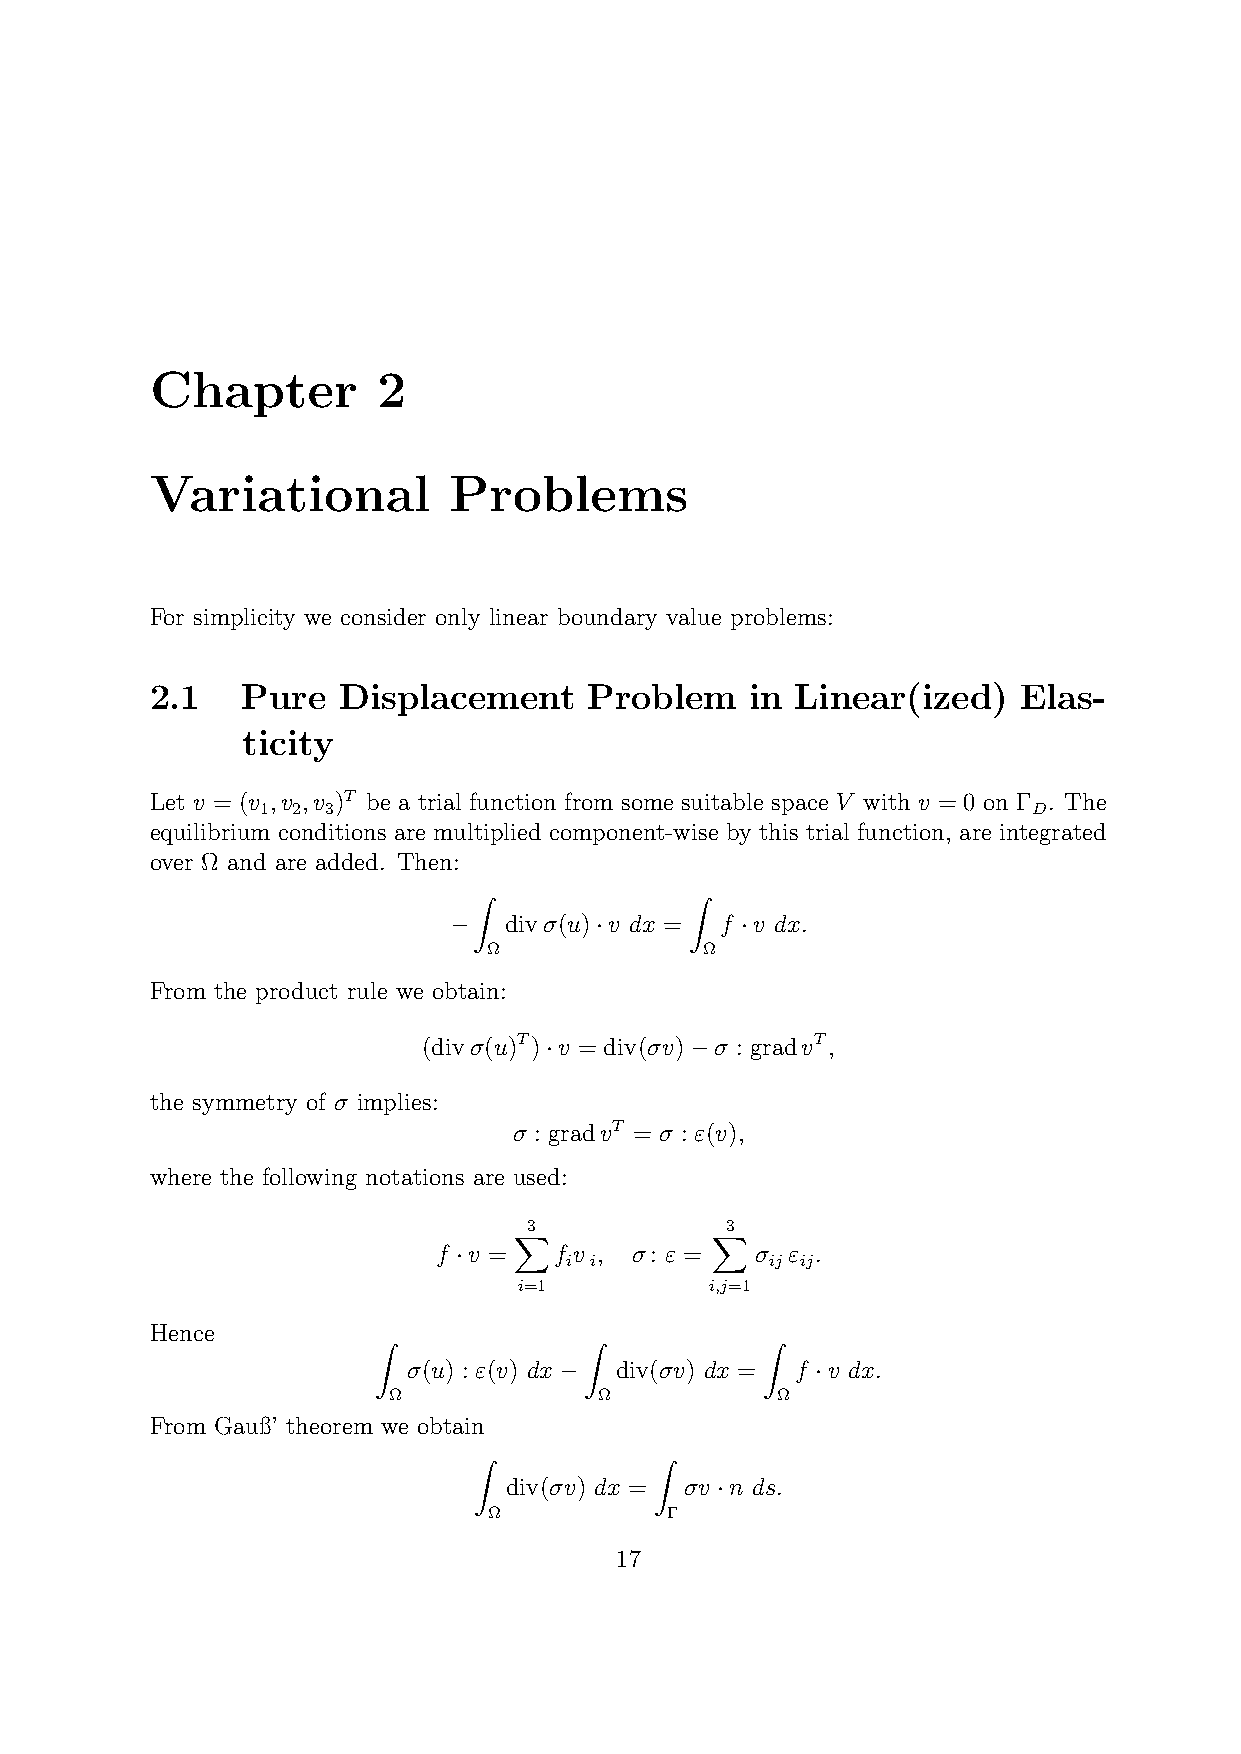
Chapter        2
 Variational         Problems
 For simplicity we consider only linear boundary value problems:
 2.1   Pure  Displacement     Problem    in Linear(ized)  Elas-
 ticity
 Let v = (v ,v ,v )T be a trial function from some suitable space V with v = 0 on Γ . The
 1 2  3                                             D
 equilibrium conditions are multiplied component-wise by this trial function, are integrated
 over Ω and are added. Then:
 Z              Z
 −  divσ(u)·v dx = f ·v dx.
 Ω             Ω
 From the product rule we obtain:
 (divσ(u)T)·v = div(σv)−σ : gradvT,
 the symmetry of σ implies:
 σ : gradvT = σ : ε(v),
 where the following notations are used:
 3            3
 X            X
 f ·v =  f v , σ: ε = σ ε .
 i i           ij ij
 i=1          i,j=1
 Hence
 Z             Z          Z
 σ(u) : ε(v) dx− div(σv) dx = f ·v dx.
 Ω             Ω          Ω
 From Gauß’ theorem we obtain
 Z           Z
 div(σv) dx = σv ·n ds.
 Ω           Γ
 17